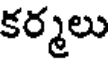
కర్మలు